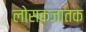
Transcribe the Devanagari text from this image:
लोसकजातक